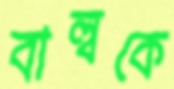
বাল্বকে